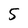
Character: 5